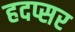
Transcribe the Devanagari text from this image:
हदप्सर